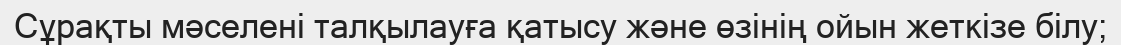
Сұрақты мәселені талқылауға қатысу және өзінің ойын жеткізе білу;